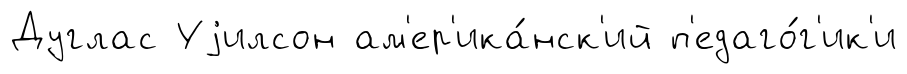
Дуглас Уjилсон ам'ер'ика́нск'ий п'едаго́г'ик'и